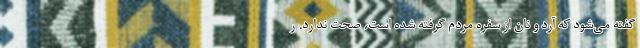
گفته می‌شود که آرد و نان از سفره مردم گرفته شده است، صحت ندارد. ر